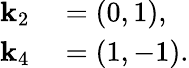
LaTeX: \begin{array}{rl}{\mathbf{k}_{2}}&{{}=\left(0,1\right),}\\ {\mathbf{k}_{4}}&{{}=\left(1,-1\right).}\end{array}